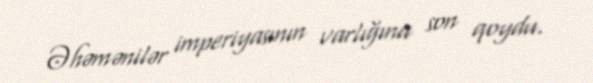
Əhəmənilər imperiyasının varlığına son qoydu.